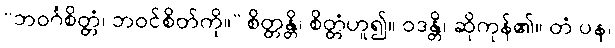
“ဘဝင်္ဂစိတ္တံ၊ ဘဝင်စိတ်ကို။” စိတ္တန္တိ၊ စိတ္တံဟူ၍။ ဝဒန္တိ၊ ဆိုကုန်၏။ တံ ပန၊